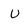
Character: u